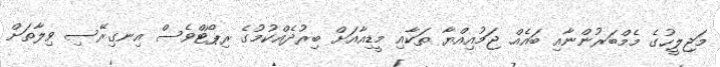
މަޖިލީހުގެ މެމްބަރުންނާއި ބައެއް ޖަމުއިއްޔާ ތަކާއި މީޑިއާއަށް ބިރުދެއްކުމުގެ ރިޕޯޓްވެސް އިނގިރޭސި ވިލާތަށް